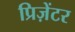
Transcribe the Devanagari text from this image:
प्रिज़ेंटर